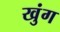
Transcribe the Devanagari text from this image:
खुंग